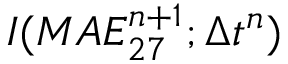
I ( M A E _ { 2 7 } ^ { n + 1 } ; \Delta t ^ { n } )